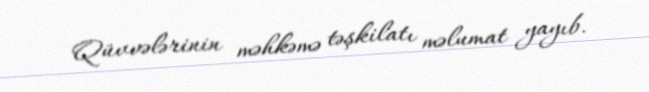
Qüvvələrinin məhkəmə təşkilatı məlumat yayıb.